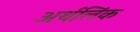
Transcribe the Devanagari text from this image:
अर्थलिंक